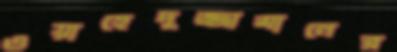
ওয়াহেদুজ্জামানের